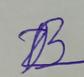
Signature authenticity: forged